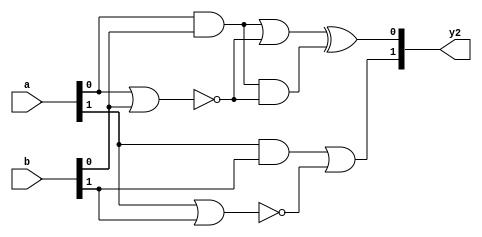
module ex2_2(y2,a,b);
	input [1:0] a,b;
	output [1:0] y2;
	wire [9:0] w;
	and and_1(w[0],a[1],b[1]);
	nor nor_1(w[1],a[1],b[1]);
	and and_2(w[2],w[0],w[1]);
	or or_1(w[3],w[0],w[1]);
	xor xor_1(w[4],w[2],w[3]);
	and and_3(w[5],a[0],b[0]);
	nor nor_2(w[6],a[0],b[0]);
	or or_2(w[7],w[5],w[6]);
	and and_4(w[8],w[5],w[6]);
	xor xor_2(w[9],w[7],w[8]);
	assign y2[1]=w[3];
	assign y2[0]=w[9];
endmodule